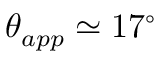
\theta _ { a p p } \simeq 1 7 ^ { \circ }